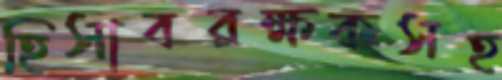
হিসাবরক্ষকসহ